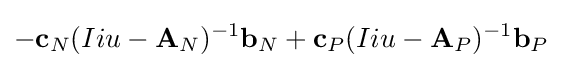
-{\textbf {c}}_{N}(Iiu-{\textbf {A}}_{N})^{-1}{\textbf {b}}_{N}+{\textbf {c}}_{P}(Iiu-{\textbf {A}}_{P})^{-1}{\textbf {b}}_{P}